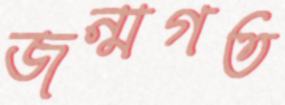
জন্মগত